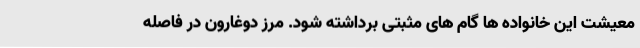
معیشت این خانواده ها گام های مثبتی برداشته شود. مرز دوغارون در فاصله